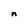
Character: n